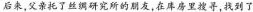
后来,父亲托了丝绸研究所的朋友,在库房里搜寻,找到了